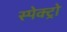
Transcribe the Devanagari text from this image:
स्पेक्ट्रो